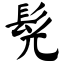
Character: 髡